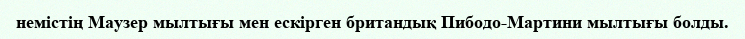
немістің Маузер мылтығы мен ескірген британдық Пибодо-Мартини мылтығы болды.